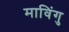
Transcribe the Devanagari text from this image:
माविंगु